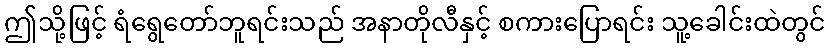
ဤသို့ဖြင့် ရံရွေတော်ဘူရင်းသည် အနာတိုလီနှင့် စကားပြောရင်း သူ့ခေါင်းထဲတွင်